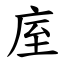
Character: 庢